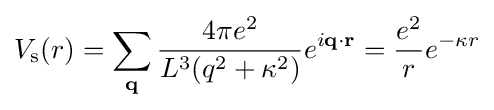
V_{\rm {s}}(r)=\sum _{\mathbf {q} }{{\frac {4\pi e^{2}}{L^{3}(q^{2}+\kappa ^{2})}}e^{i\mathbf {q} \cdot \mathbf {r} }}={\frac {e^{2}}{r}}e^{-\kappa r}